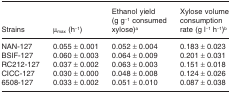
| Strains | μmax (h−1) | Ethanol yield (g g−1 consumed xylose)a | Xylose volume consumption rate (g l−1 h−1)b |
 | --- | --- | --- | --- |
 | NAN-127 | 0.055 ± 0.001 | 0.052 ± 0.004 | 0.183 ± 0.023 |
 | BSIF-127 | 0.060 ± 0.003 | 0.064 ± 0.009 | 0.201 ± 0.031 |
 | RC212-127 | 0.037 ± 0.002 | 0.063 ± 0.003 | 0.151 ± 0.018 |
 | CICC-127 | 0.030 ± 0.000 | 0.048 ± 0.008 | 0.124 ± 0.026 |
 | 6508-127 | 0.033 ± 0.002 | 0.051 ± 0.010 | 0.087 ± 0.038 |